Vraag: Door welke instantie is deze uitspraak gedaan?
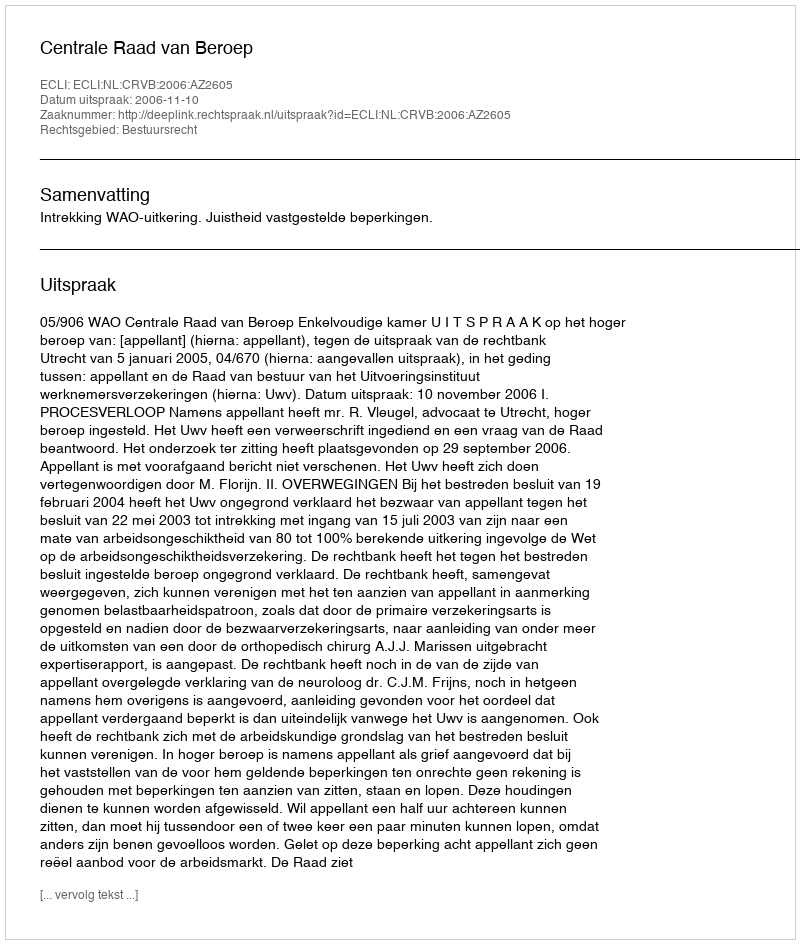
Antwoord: Centrale Raad van Beroep